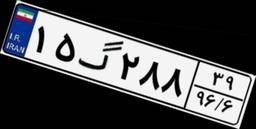
۱۵گ۲۸۸۳۹